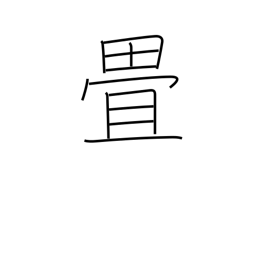
Meaning: counter for tatami mats